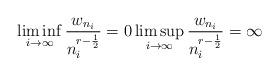
LaTeX: \begin{align*}\liminf_{i\to\infty}\frac{w_{n_i}}{n_i^{r-\frac{1}{2}}} = 0 \limsup_{i\to\infty}\frac{w_{n_i}}{n_i^{r-\frac{1}{2}}} = \infty\end{align*}